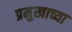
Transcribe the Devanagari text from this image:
प्रमुखाच्या